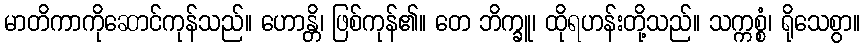
မာတိကာကိုဆောင်ကုန်သည်။ ဟောန္တိ၊ ဖြစ်ကုန်၏။ တေ ဘိက္ခူ၊ ထိုရဟန်းတို့သည်။ သက္ကစ္စံ၊ ရိုသေစွာ။